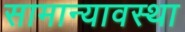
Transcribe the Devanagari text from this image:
सामान्यावस्था